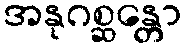
အနုဂစ္ဆန္တော